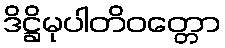
ဒိဋ္ဌိမုပါတိဝတ္တော